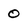
Character: 0